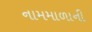
નામમાળાની